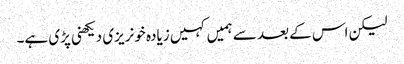
لیکن اس کے بعد سے ہمیں کہیں زیادہ خونریزی دیکھنی پڑی ہے۔